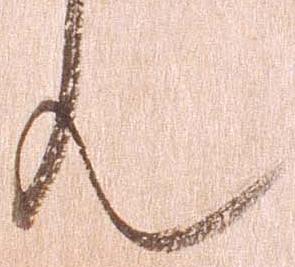
ん